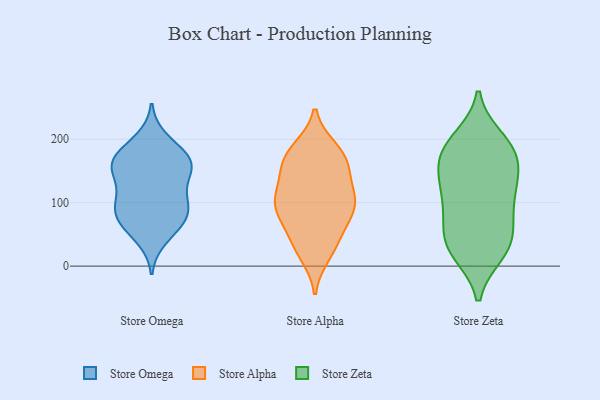
{"axis": {"x": "Market Share (%)", "y": "Value"}, "legend": ["Store Alpha", "Store Omega", "Store Zeta"], "data": [{"x": "", "y": 44, "type": "Store Omega"}, {"x": "", "y": 155, "type": "Store Omega"}, {"x": "", "y": 92, "type": "Store Omega"}, {"x": "", "y": 155, "type": "Store Omega"}, {"x": "", "y": 199, "type": "Store Omega"}, {"x": "", "y": 67, "type": "Store Omega"}, {"x": "", "y": 105, "type": "Store Omega"}, {"x": "", "y": 158, "type": "Store Omega"}, {"x": "", "y": 168, "type": "Store Omega"}, {"x": "", "y": 68, "type": "Store Omega"}, {"x": "", "y": 124, "type": "Store Omega"}, {"x": "", "y": 101, "type": "Store Omega"}, {"x": "", "y": 167, "type": "Store Omega"}, {"x": "", "y": 89, "type": "Store Omega"}, {"x": "", "y": 73, "type": "Store Omega"}, {"x": "", "y": 182, "type": "Store Omega"}, {"x": "", "y": 152, "type": "Store Omega"}, {"x": "", "y": 50, "type": "Store Alpha"}, {"x": "", "y": 100, "type": "Store Alpha"}, {"x": "", "y": 139, "type": "Store Alpha"}, {"x": "", "y": 184, "type": "Store Alpha"}, {"x": "", "y": 83, "type": "Store Alpha"}, {"x": "", "y": 148, "type": "Store Alpha"}, {"x": "", "y": 38, "type": "Store Alpha"}, {"x": "", "y": 75, "type": "Store Alpha"}, {"x": "", "y": 94, "type": "Store Alpha"}, {"x": "", "y": 101, "type": "Store Alpha"}, {"x": "", "y": 185, "type": "Store Alpha"}, {"x": "", "y": 96, "type": "Store Alpha"}, {"x": "", "y": 27, "type": "Store Alpha"}, {"x": "", "y": 103, "type": "Store Alpha"}, {"x": "", "y": 167, "type": "Store Alpha"}, {"x": "", "y": 169, "type": "Store Alpha"}, {"x": "", "y": 165, "type": "Store Alpha"}, {"x": "", "y": 122, "type": "Store Alpha"}, {"x": "", "y": 18, "type": "Store Alpha"}, {"x": "", "y": 135, "type": "Store Zeta"}, {"x": "", "y": 32, "type": "Store Zeta"}, {"x": "", "y": 21, "type": "Store Zeta"}, {"x": "", "y": 180, "type": "Store Zeta"}, {"x": "", "y": 67, "type": "Store Zeta"}, {"x": "", "y": 191, "type": "Store Zeta"}, {"x": "", "y": 21, "type": "Store Zeta"}, {"x": "", "y": 200, "type": "Store Zeta"}, {"x": "", "y": 92, "type": "Store Zeta"}, {"x": "", "y": 170, "type": "Store Zeta"}, {"x": "", "y": 45, "type": "Store Zeta"}, {"x": "", "y": 188, "type": "Store Zeta"}, {"x": "", "y": 85, "type": "Store Zeta"}, {"x": "", "y": 37, "type": "Store Zeta"}, {"x": "", "y": 115, "type": "Store Zeta"}, {"x": "", "y": 140, "type": "Store Zeta"}, {"x": "", "y": 161, "type": "Store Zeta"}, {"x": "", "y": 122, "type": "Store Zeta"}]}